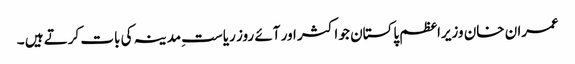
عمران خان وزیراعظم پاکستان جو اکثر اور آئے روز ریاست ِمدینہ کی بات کرتے ہیں ۔